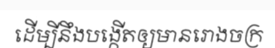
ដើម្បីនឹងបង្កើតឲ្យមានរោងចក្រ